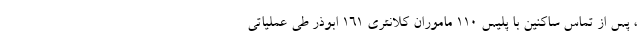
، پس از تماس ساکنین با پلیس ۱۱۰ ماموران کلانتری ۱۶۱ ابوذر طی عملیاتی